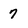
Character: 7